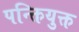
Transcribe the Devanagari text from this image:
पन्क्तियुक्त